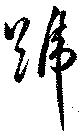
号